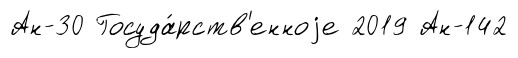
Ан-30 Госуда́рств'енноjе 2019 Ан-142